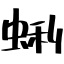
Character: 蜊